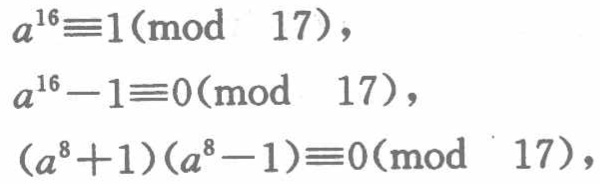
\[

\begin{align*}

a^{16}&\equiv1(\bmod\ 17),\\

a^{16}-1&\equiv0(\bmod\ 17),\\

(a^{8}+1)(a^{8}-1)&\equiv0(\bmod\ 17),

\end{align*}

\]